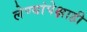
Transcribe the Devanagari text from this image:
लेण्यांपेक्षाही